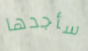
سأجدها